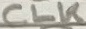
Text: CLK